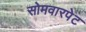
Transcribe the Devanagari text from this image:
सोमवारपेट